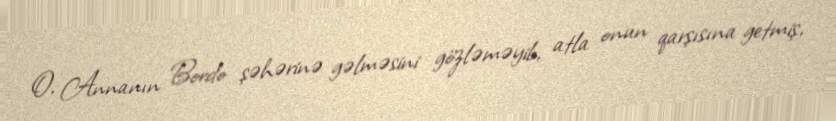
O, Annanın Bordo şəhərinə gəlməsini gözləməyib, atla onun qarşısına getmiş,